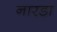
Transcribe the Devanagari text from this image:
नारडा